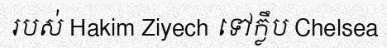
របស់ Hakim Ziyech ទៅក្លឹប Chelsea